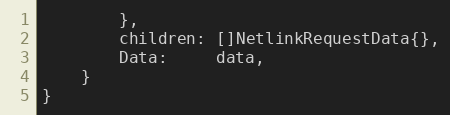
Language: Go
		},
		children: []NetlinkRequestData{},
		Data:     data,
	}
}